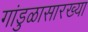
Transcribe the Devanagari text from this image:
गांडुळासारख्या